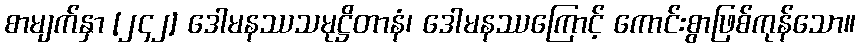
စာမျက်နှာ [၂၄၂] ဒေါမနဿသမုဋ္ဌိတာနံ၊ ဒေါမနဿကြောင့် ကောင်းစွာဖြစ်ကုန်သော။